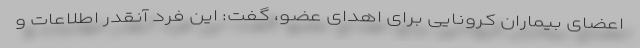
اعضای بیماران کرونایی برای اهدای عضو، گفت: این فرد آنقدر اطلاعات و